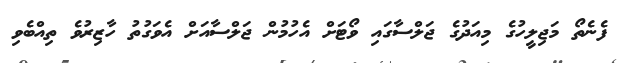
ފެނެތޯ މަޖިލީހުގެ މިއަދުގެ ޖަލްސާގައި ވޯޓަށް އެހުމުން ޖަލްސާއަށް އެވަގުތު ހާޒިރުވެ ތިއްބެވި